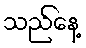
သည်နေ့